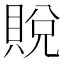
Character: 𫎙